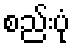
စည်းပုံ